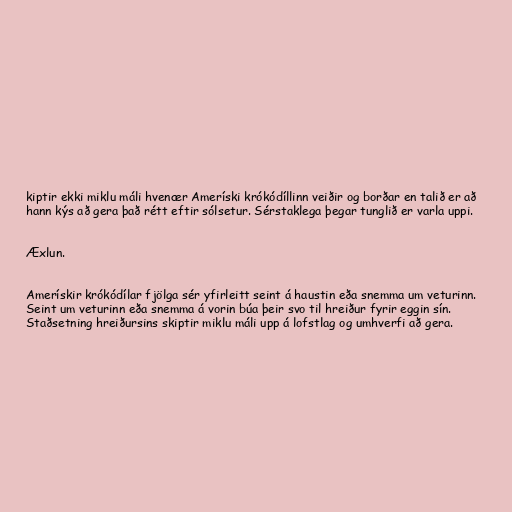
kiptir ekki miklu máli hvenær Ameríski krókódíllinn veiðir og borðar en talið er að
hann kýs að gera það rétt eftir sólsetur. Sérstaklega þegar tunglið er varla uppi.

Æxlun.

Amerískir krókódílar fjölga sér yfirleitt seint á haustin eða snemma um veturinn.
Seint um veturinn eða snemma á vorin búa þeir svo til hreiður fyrir eggin sín.
Staðsetning hreiðursins skiptir miklu máli upp á lofstlag og umhverfi að gera.